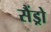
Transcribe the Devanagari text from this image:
सैंड्रो